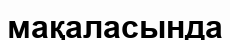
мақаласында